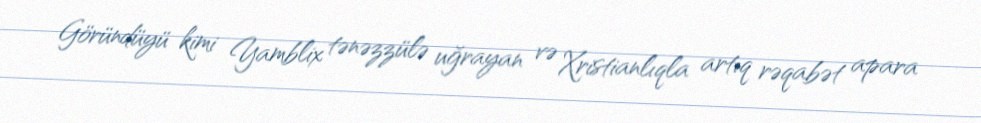
Göründüyü kimi Yamblix tənəzzülə uğrayan və Xristianlıqla artıq rəqabət apara